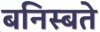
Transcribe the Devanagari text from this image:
बनिस्बते